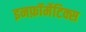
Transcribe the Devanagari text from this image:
इनफ़ॉर्मेटिक्स